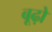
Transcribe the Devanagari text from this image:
बूढ़ो